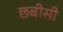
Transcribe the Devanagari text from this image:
छबीसी